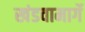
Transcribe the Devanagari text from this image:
खंडवामार्गे